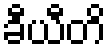
ခီယီတိ